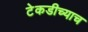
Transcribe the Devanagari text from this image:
टेकडीच्याच